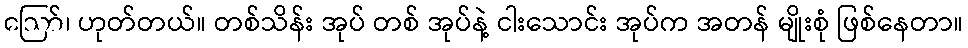
ဪ၊ ဟုတ်တယ်။ တစ်သိန်း အုပ် တစ် အုပ်နဲ့ ငါးသောင်း အုပ်က အတန် မျိုးစုံ ဖြစ်နေတာ။